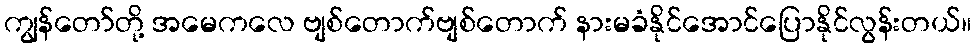
ကျွန်တော်တို့ အမေကလေ ဗျစ်တောက်ဗျစ်တောက် နားမခံနိုင်အောင်ပြောနိုင်လွန်းတယ်။